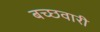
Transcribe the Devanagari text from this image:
बच्छवारी